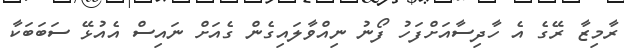
ރާމިޒާ ރޭގެ އެ ހާދިސާއަށްފަހު ފޯނު ނިއްވާލައިގެން ގެއަށް ނައިސް އެއުޅޭ ސަބަބަކާ